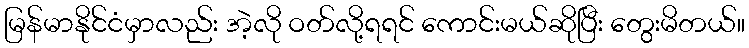
မြန်မာနိုင်ငံမှာလည်း အဲ့လို ဝတ်လို့ရရင် ကောင်းမယ်ဆိုပြီး တွေးမိတယ်။